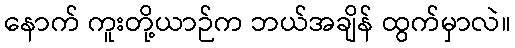
နောက် ကူးတို့ယာဉ်က ဘယ်အချိန် ထွက်မှာလဲ။